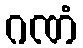
ဂဏံ